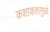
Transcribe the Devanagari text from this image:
कशाकशामुळे